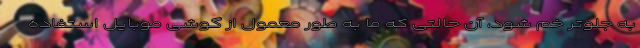
به جلوتر خم شود، آن حالتی که ما به طور معمول از گوشی موبایل استفاده